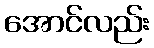
အောင်လည်း